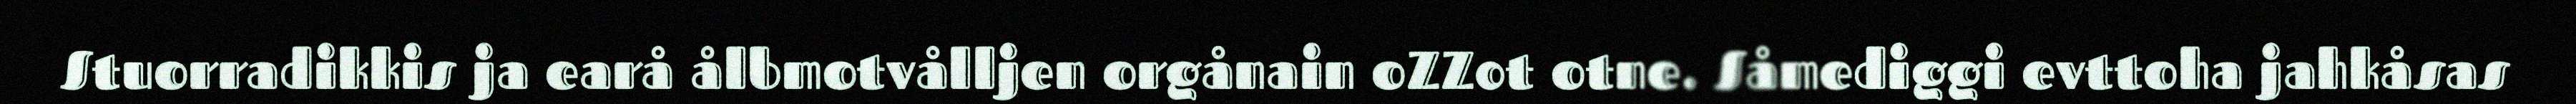
Stuorradikkis ja earå ålbmotvålljen orgånain oZZ0t otne. Såmediggi evttoha jahkåsas